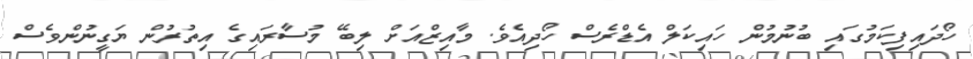
ހޯދައިފިކަމުގައި ބުނުމުން ހައިކަލް އެޑްރެސް ހޯދިއެވެ. މާއިޒްއަށް ލިބޭ މުސާރައިގެ އިތުރުން ޔަގީނުންވެސް